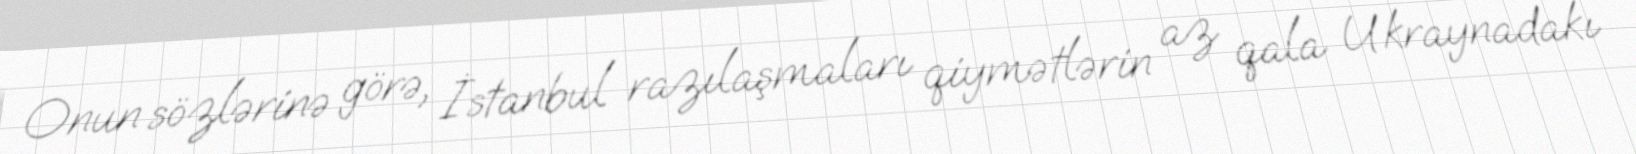
Onun sözlərinə görə, İstanbul razılaşmaları qiymətlərin az qala Ukraynadakı